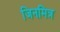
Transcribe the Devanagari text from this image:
जिनमित्र